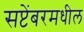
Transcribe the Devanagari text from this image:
सप्टेंबरमधील